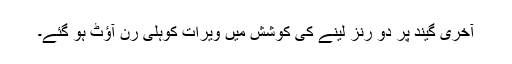
آخری گیند پر دو رنز لینے کی کوشش میں ویرات کوہلی رن آؤٹ ہو گئے۔